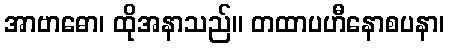
အာဗာဓော၊ ထိုအနာသည်။ တထာပဟီနောစပနာ၊